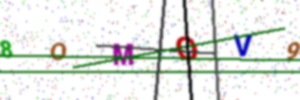
Text: 8OMOV9